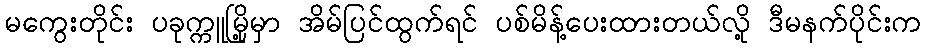
မကွေးတိုင်း ပခုက္ကူမြို့မှာ အိမ်ပြင်ထွက်ရင် ပစ်မိန့်ပေးထားတယ်လို့ ဒီမနက်ပိုင်းက